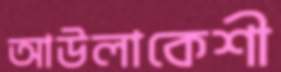
আউলাকেশী